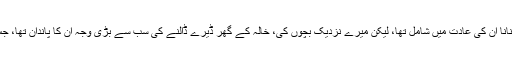
قصے کہانیاں اور مزے مزے کے لطیفے سنانا اُن کی عادت میں شامل تھا، لیکن میرے نزدیک بچوں کی، خالہ کے گھر ڈیرے ڈالنے کی سب سے بڑی وجہ اُن کا پاندان تھا، جس میں رکھے پان ہم سب کی کمزوری تھے۔